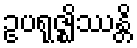
ဥပရုဇ္ဈိဿန္တိ